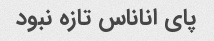
پای اناناس تازه نبود